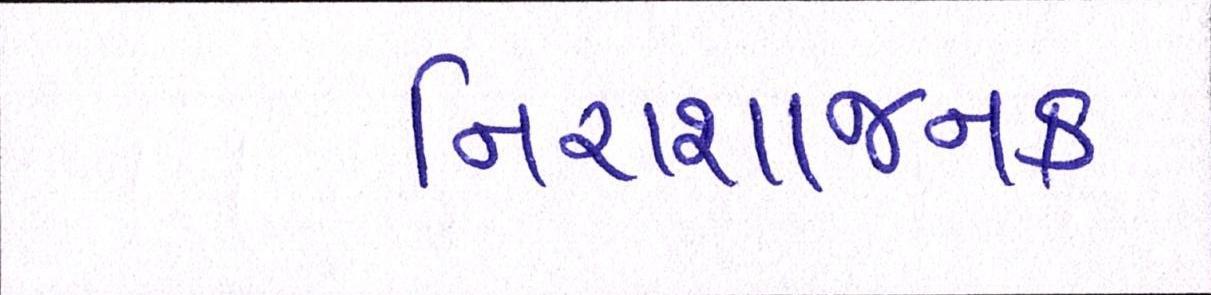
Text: નિરાશાજનક